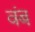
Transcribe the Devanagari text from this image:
वंब